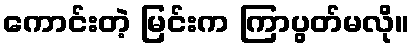
ကောင်းတဲ့ မြင်းက ကြာပွတ်မလို။